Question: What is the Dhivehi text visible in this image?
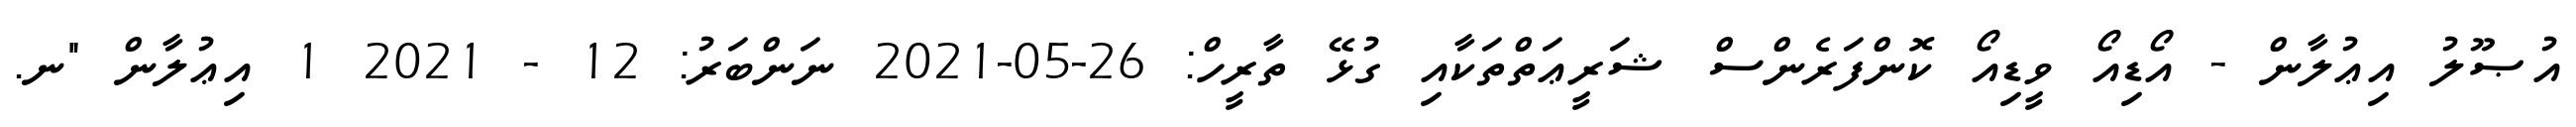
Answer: އުޞޫލު އިޢުލާން - އޯޑިއޯ ވީޑިއޯ ކޮންފަރެންސް ޝަރީޢަތްތަކާއި ގުޅޭ ތާރީހް: 26-05-2021 ނަންބަރު: 12 - 2021 1 އިޢުލާން "ނ.